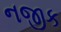
નજીક